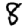
Digit: 8